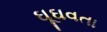
ઘૂઘવતા